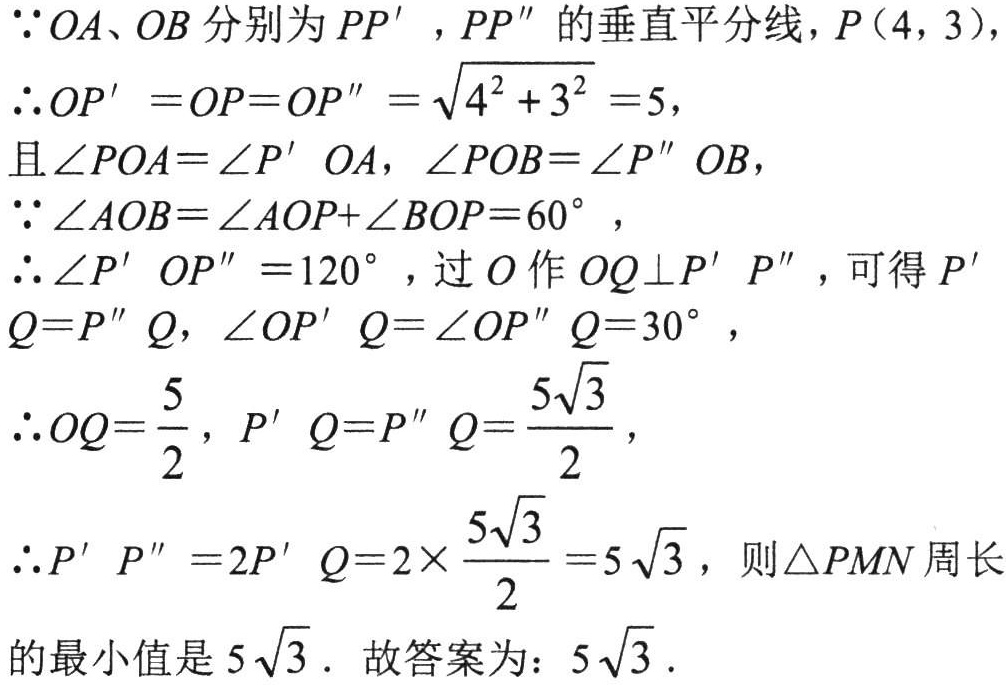
$\because OA、OB$分别为$PP'$，$PP''$的垂直平分线，$P(4,3)$，
$\therefore OP' =OP=OP'' =\sqrt{4^{2}+3^{2}} =5$，
且$\angle POA=\angle P' OA$，$\angle POB=\angle P'' OB$，
$\because \angle AOB=\angle AOP+\angle BOP = 60^{\circ}$，
$\therefore \angle P' OP'' = 120^{\circ}$，过$O$作$OQ\perp P' P''$，可得$P' Q=P'' Q$，$\angle OP' Q=\angle OP'' Q = 30^{\circ}$，
$\therefore OQ=\dfrac{5}{2}$，$P' Q=P'' Q=\dfrac{5\sqrt{3}}{2}$，
$\therefore P' P'' = 2P' Q=2\times\dfrac{5\sqrt{3}}{2}=5\sqrt{3}$，则$\triangle PMN$周长
的最小值是$5\sqrt{3}$．故答案为：$5\sqrt{3}$．